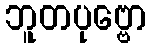
ဘူတပုဗ္ဗော